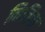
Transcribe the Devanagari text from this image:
नितिचा